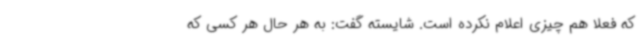
که فعلا هم چیزی اعلام نکرده‌ است. شایسته گفت: به هر حال هر کسی که